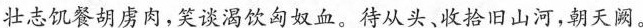
壮志饥餐胡虏肉，笑谈渴饮匈奴血。待从头、收拾旧山河，朝天阙。